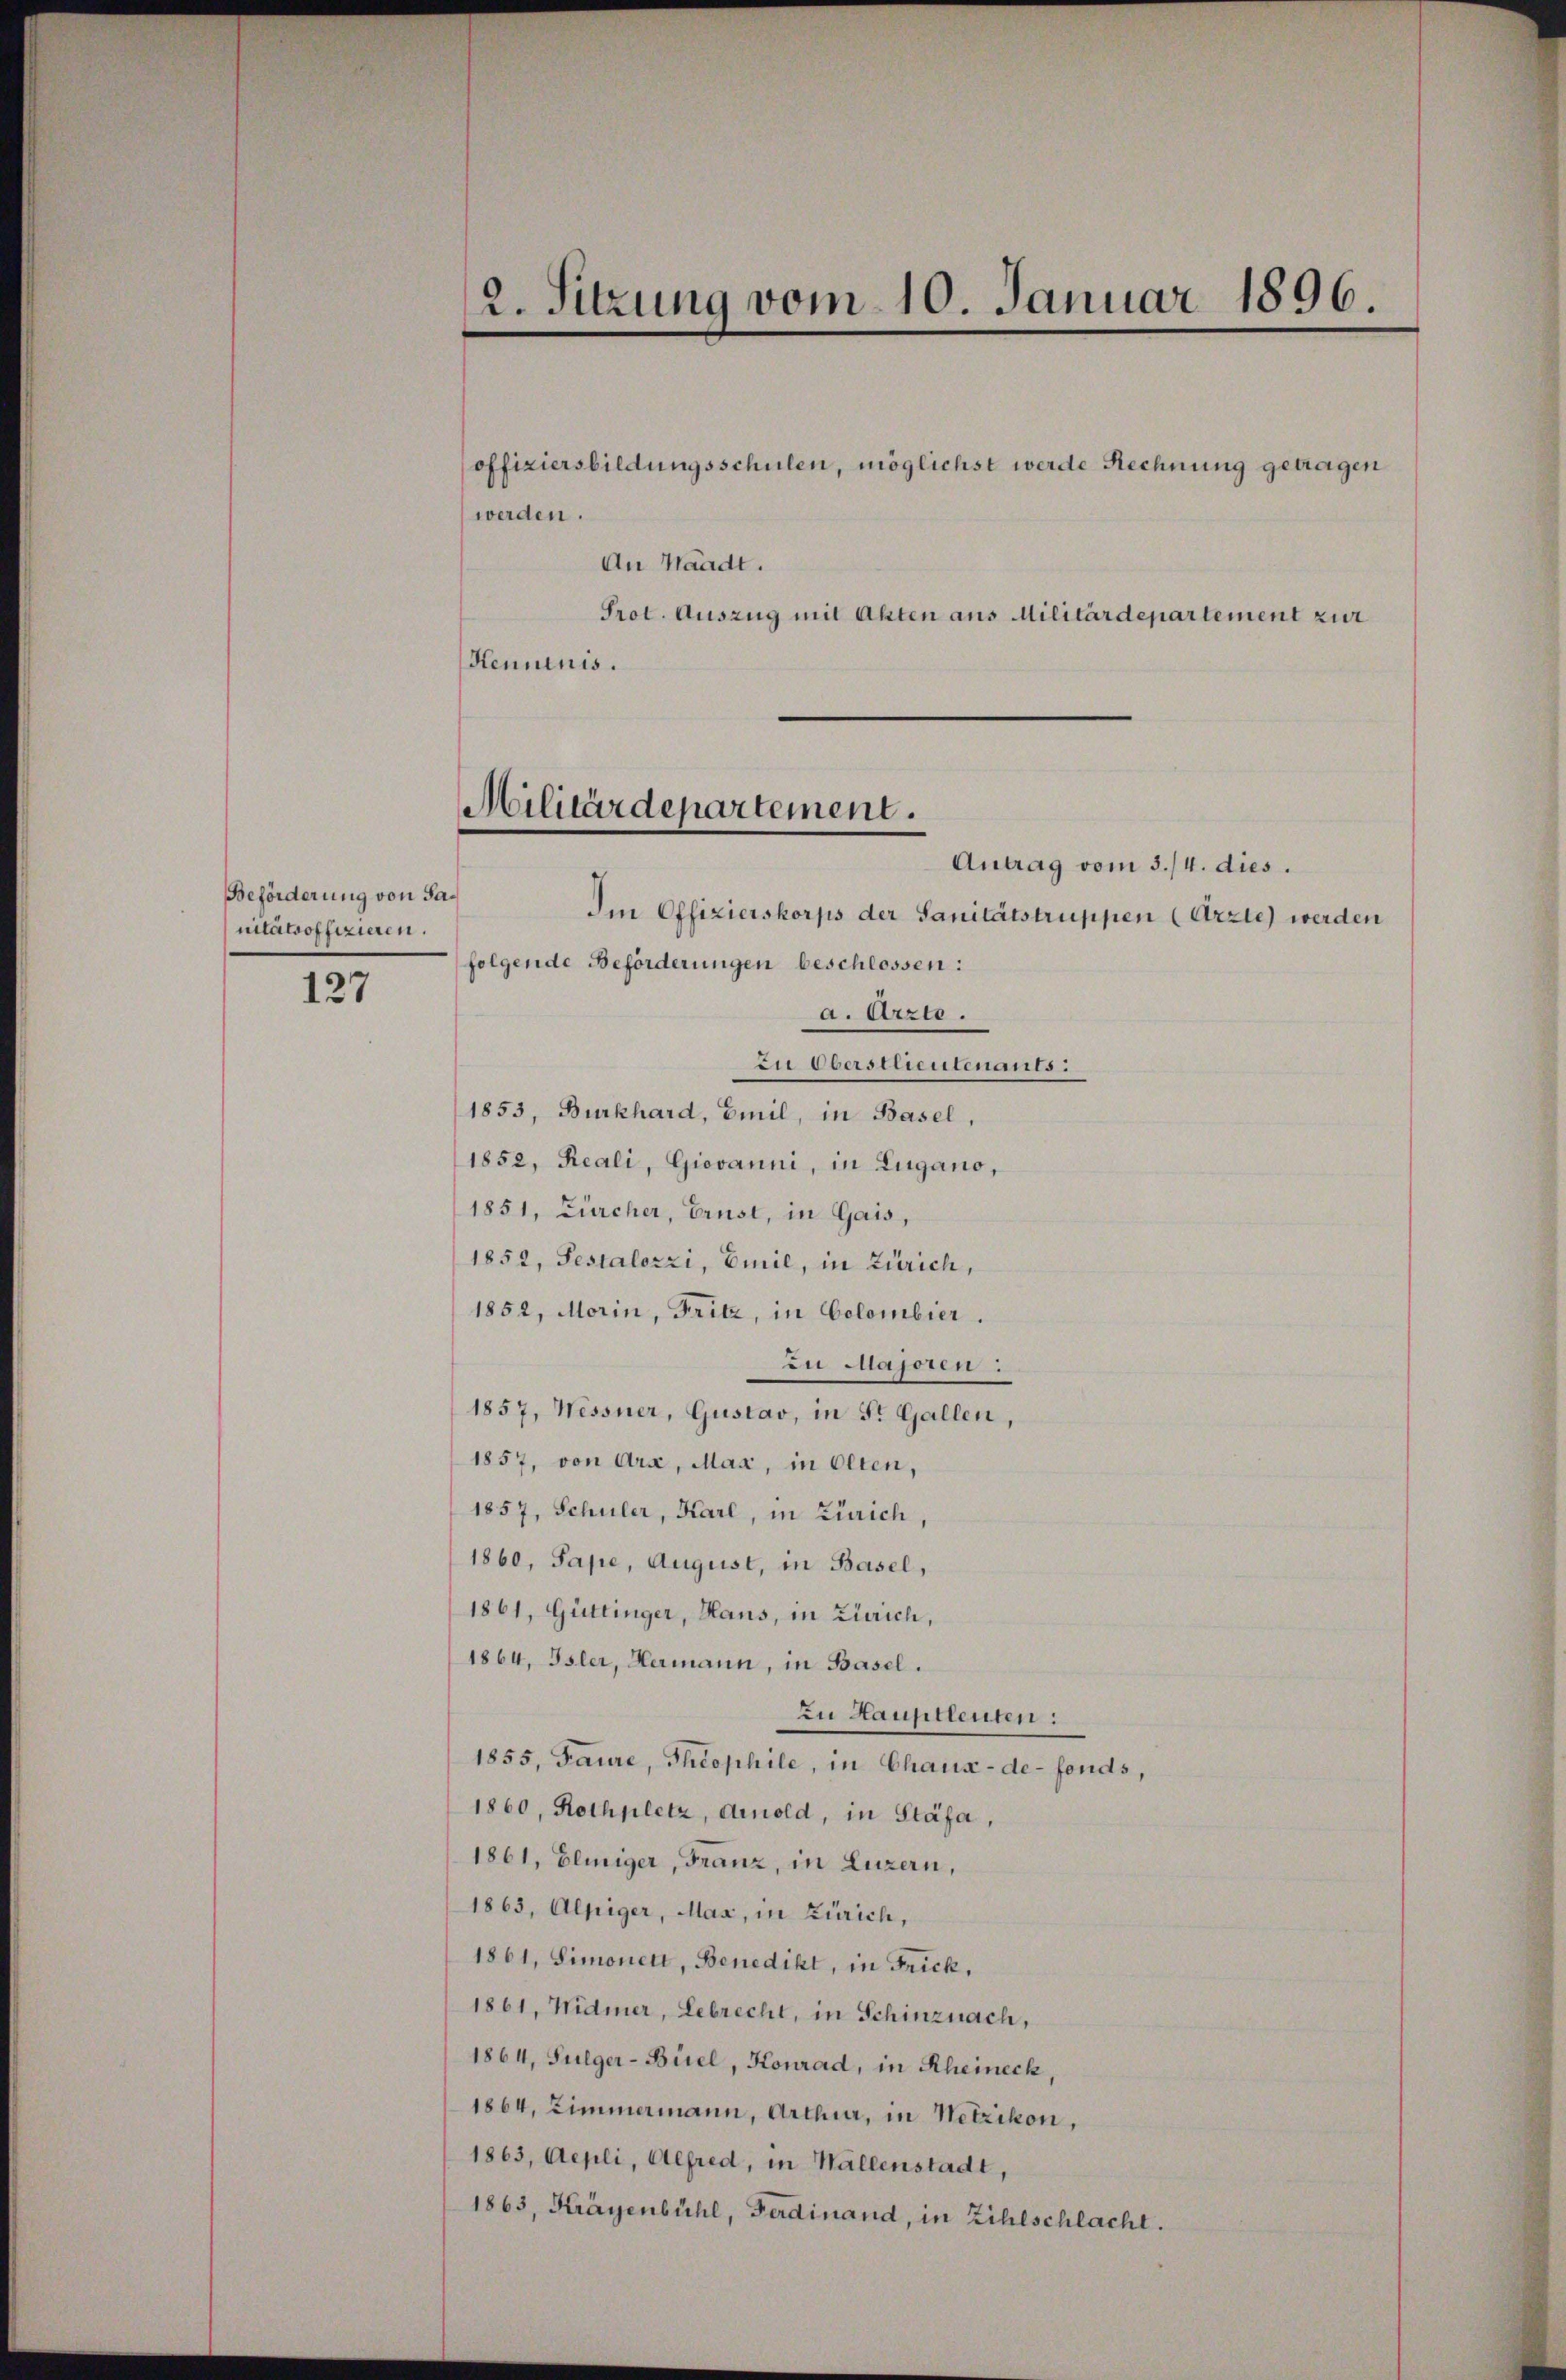
Beförderung von Samitätsoffizieren.

127

offiziersbildungsschulen, möglichst werde Rechnung getragen
werden.
An Waadt.
Prot. Auszug mit Akten aus Militärdepartement zur
Henninis.
Antrag vom 3./4. dies.
Im Offizierskorps der Sanitätstruppen (Arzte werden
folgende Beförderungen beschlossen:
a. Arzte.
zu Oberstlieutenants:
1853, Burkhard, Emil, in Basel,
1852, Reali, Giovanni, in Lugano,
1851, Zürcher, Ernst, in Gais,
1852, Pestalozzi, Emil, in Zürich,
1852, Morin, Fritz, in Colombier.
zu Majoren:
1857, Wessner, Gustav, in St. Gallen,
1857, von Arx, Mar, in Olten,
1857, Schuler, Karl, in Zürich,
1860, Sape, August, in Basel,
1861, Güttinger, Haus, in Zürich,
1864, Isler, Hermann, in Basel.
Zu Hauptleuten:
1855, Taure, Theophile, in Chaux-de-Fonds,
1860, Rothplatz, Arnold, in Stäfa,
1861, Eliiger, Franz, in Luzern,
1863, Alpiger, Max, in Zürich,
1861, Simonett, Benedikt, in Frick,
1861, Widmer, Gebrecht, in Schinznach,
1864, Fulger-Biel, Konrad, in Rheineck,
1864, Zimmermann, Arthur, in Netzikon,
1863, Aepli, Alfred, in Wallenstadt,
1863, Kräyenbühl, Ferdinand, in Zihlschlacht.

2. Sitzung vom 10. Januar 1896.

Militärdepartement.